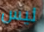
ليس